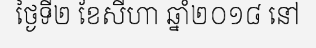
ថ្ងៃទី២ ខែសីហា ឆ្នាំ២០១៨ នៅ